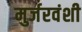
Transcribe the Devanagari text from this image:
मुर्जरवंशी